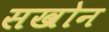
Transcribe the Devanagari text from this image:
सखोन